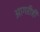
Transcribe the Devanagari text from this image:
आगरीही